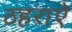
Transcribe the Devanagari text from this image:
ठहराऐ